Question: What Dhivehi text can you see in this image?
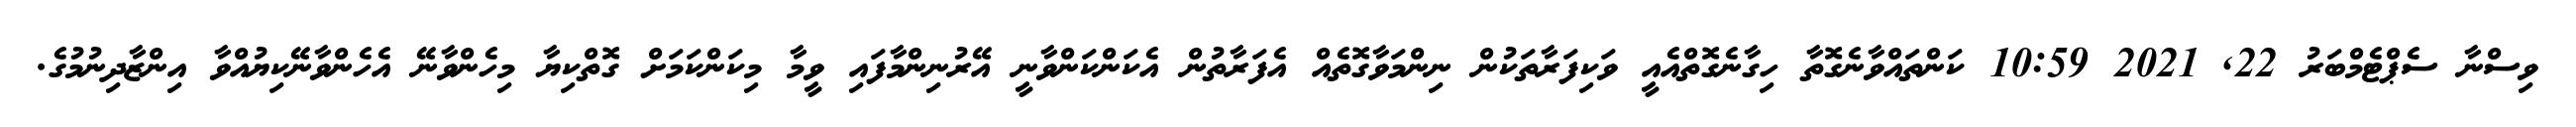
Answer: ވިސްނާ ސެޕްޓެމްބަރު 22, 2021 10:59 ކަންތައްވާނެގޮތާ ހިގާނެގޮތްއެއީ ވަކިފަރާތަކުން ނިންމަވާގޮތެއް އެފަރާތުން އެކަންކަންވާނީ އޭރުނިންމާފައި ވީމާ މިކަންކަމަށް ގޮތްކިޔާ މިހެންވާނޭ އެހެންވާނޭކިޔުއްވާ އިންޒާދިނުމުގެ.